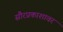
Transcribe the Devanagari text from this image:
सौरप्रकाशावर